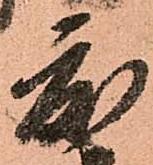
度